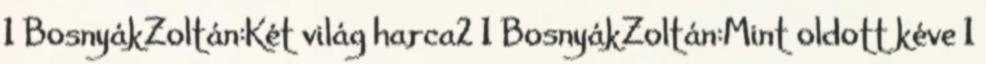
1 BosnyákZoltán:Két világ harca2 1 BosnyákZoltán:Mint oldott kéve 1